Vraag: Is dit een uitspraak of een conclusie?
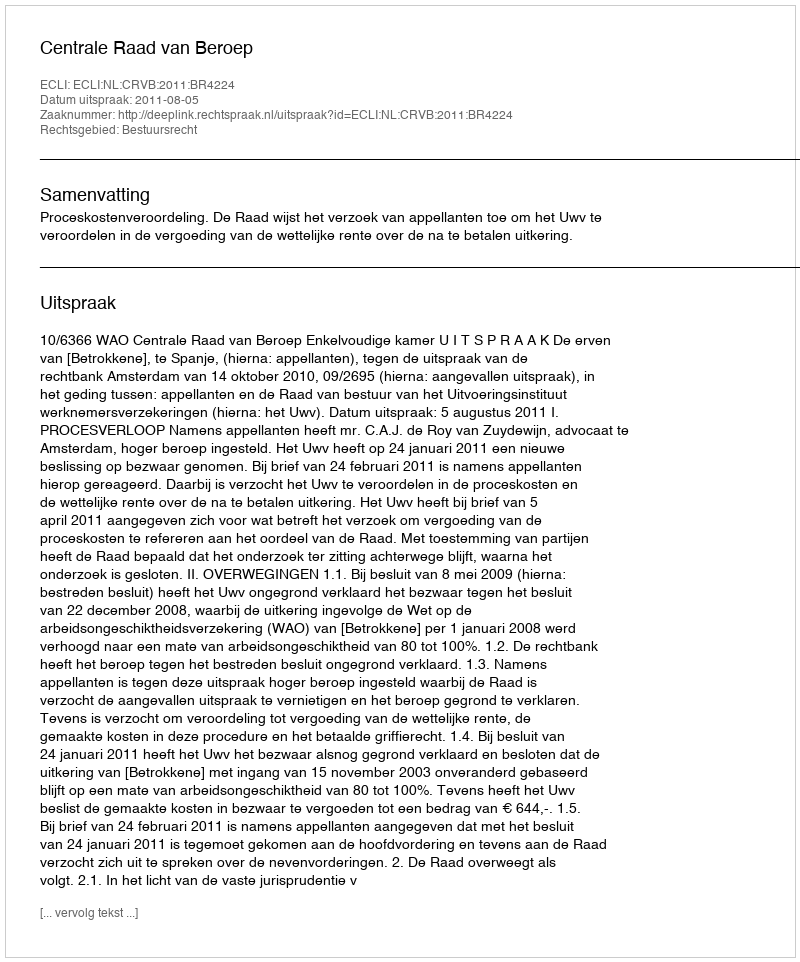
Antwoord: Uitspraak